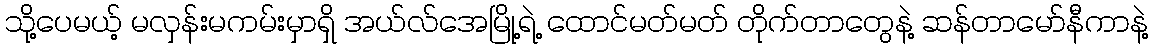
သို့ပေမယ့် မလှန်းမကမ်းမှာရှိ အယ်လ်အေမြို့ရဲ့ ထောင်မတ်မတ် တိုက်တာတွေနဲ့ ဆန်တာမော်နီကာနဲ့